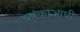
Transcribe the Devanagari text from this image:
चषकाआधी